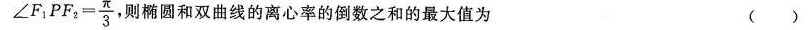
$$\angle F _ { 1 } P F _ { 2 } = \frac {